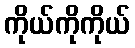
ကိုယ်ကိုကိုယ်